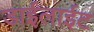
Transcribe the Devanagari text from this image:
डाईलाईट